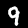
Label: 9